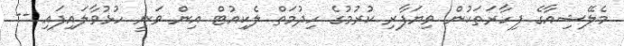
މެލޭޝިއާގެ ފިހާރަތަކުން ވިޔަފާރި ކުރުމުގެ ހިދުމަތް ލެކިއުޓް އިން ވަނީ ހުޅުވާލައިފައި --